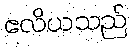
ဧလိယသည်